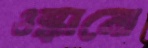
ওস্‌কানো